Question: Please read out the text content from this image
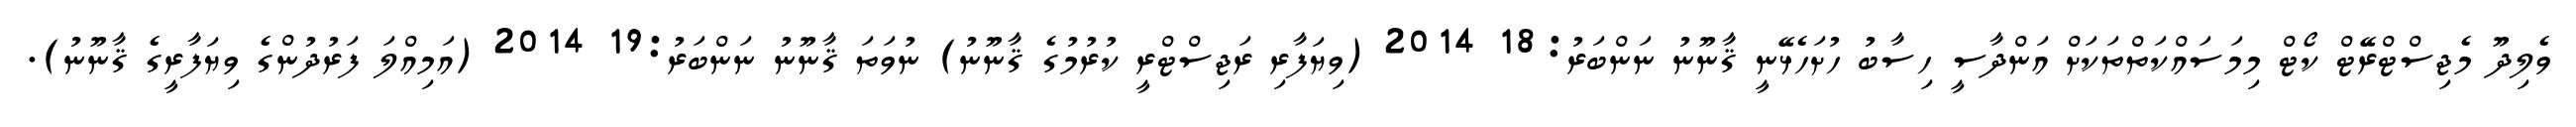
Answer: ވެލިދޫ މެޖިސްޓްރޭޓް ކޯޓް މިމަސައްކަތްތަކަށް އަންދާސީ ހިސާބު ހުށަހެޅޭނީ ޤާނޫނު ނަންބަރު:18 2014 (ވިޔަފާރި ރަޖިސްޓްރީ ކުރުމުގެ ޤާނޫނު) ނުވަތަ ޤާނޫނު ނަންބަރު:19 2014 (އަމިއްލަ ފަރުދުންގެ ވިޔަފާރީގެ ޤާނޫނު).